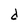
Character: d